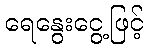
ရေနွေးငွေ့ဖြင့်